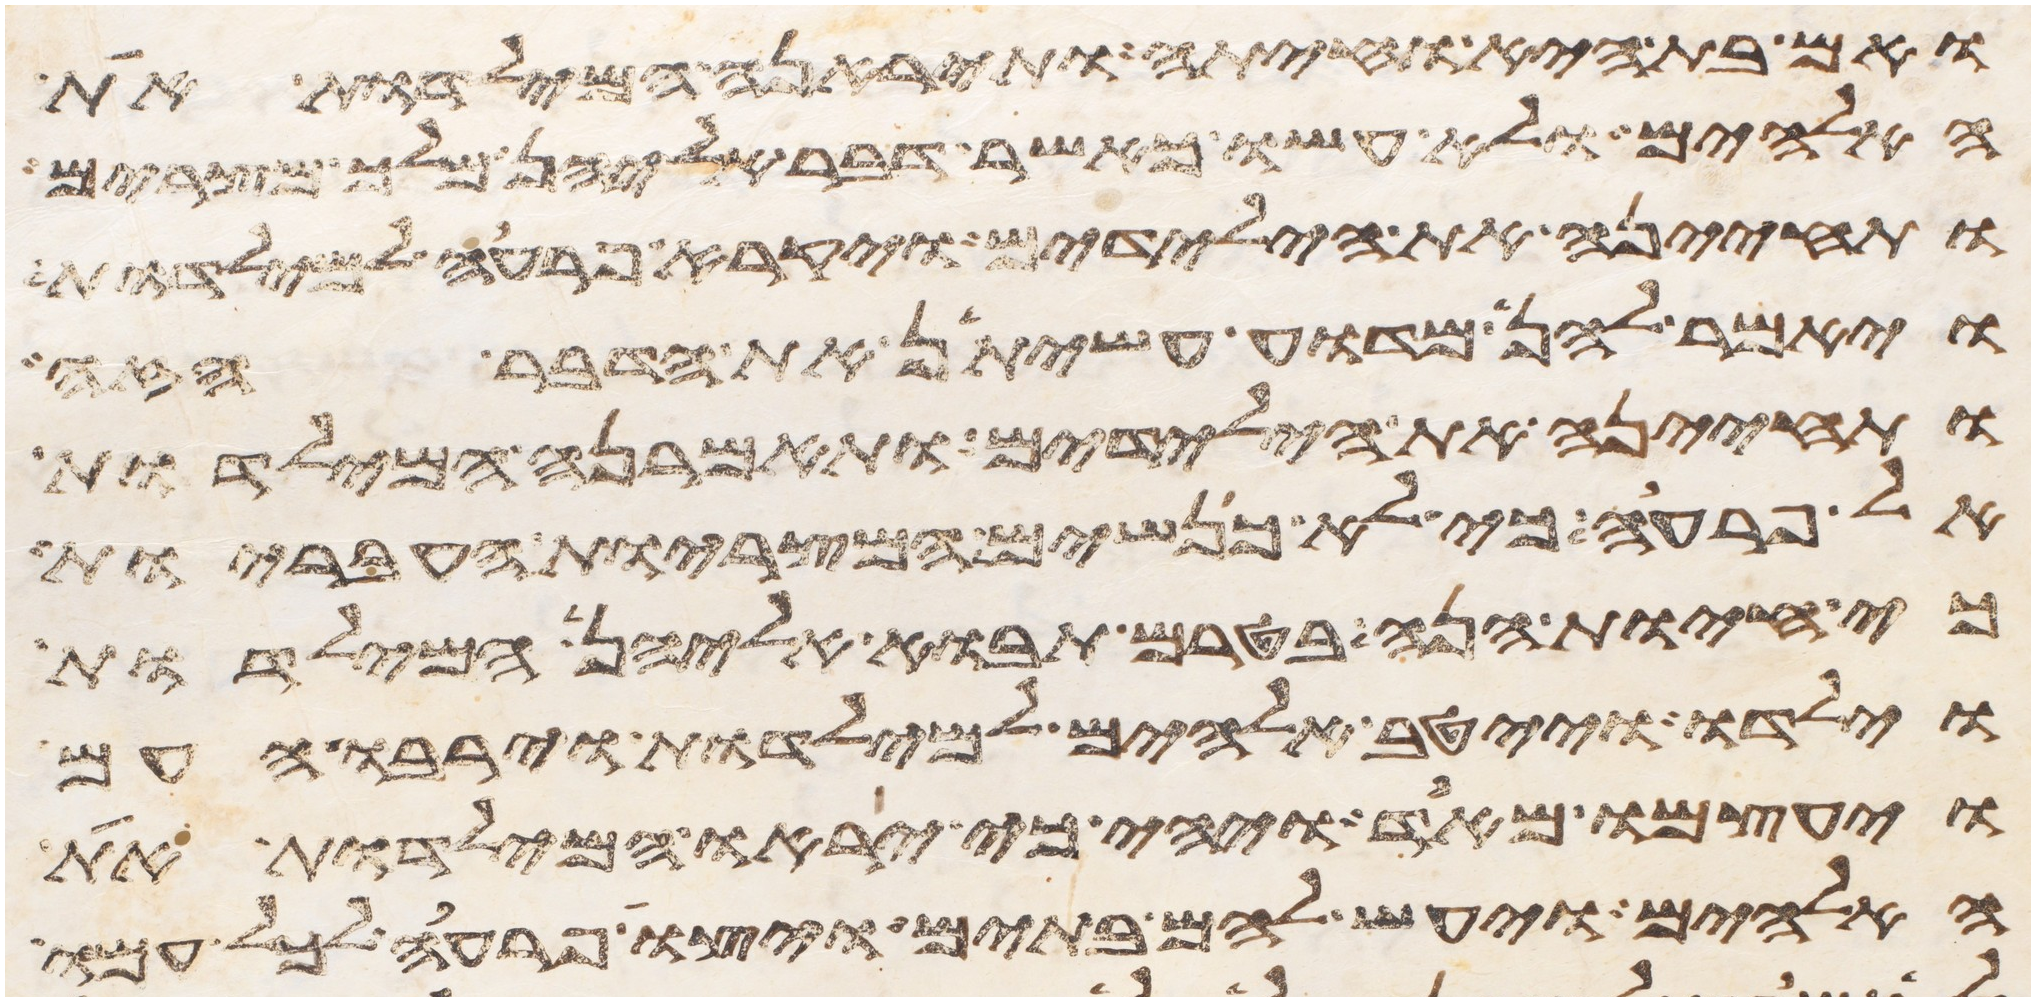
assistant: ואם בת היא וחיתה ותיראנה המילדות את
האלהים ולא עשו כאשר דבר אליהן מלך מצרים
ותחינה את הילדים ויקרא פרעה למילדות
ויאמר להן מדוע עשיתן את הדבר הזה
ותחינה את הילדים ותאמרנה המילדות
אל פרעה כי לא כנשים המצריות העבריות
כי חיות הנה בטרם תבוא אליהן המילדות
וילדו וייטב אלהים למילדות וירבו העם
ויעצמו מאד ויהי כי יראו המילדות את
האלהים ויעש להם בתים ויצו פרעה לכל עמו